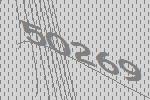
50269